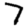
Digit: 7